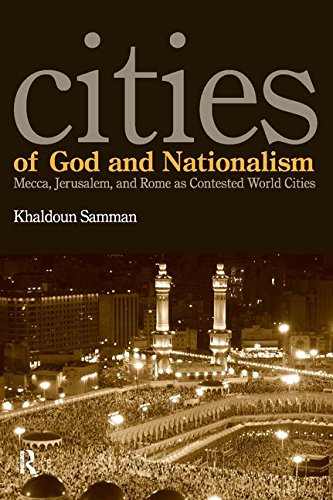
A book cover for Cities of God and Nationalism: Rome, Mecca, and Jerusalem as Contested Sacred World Cities; Khaldoun Samman; Religion & Spirituality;